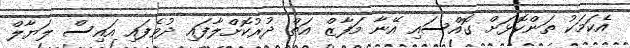
އެކަމަކު ތަންކޮޅަށް ގޮއްސައި އޭނާ މަފާޒް އަތް ދުރުކޮށްލާފައި ދުވެފައި އައިސް ލަޔާލް